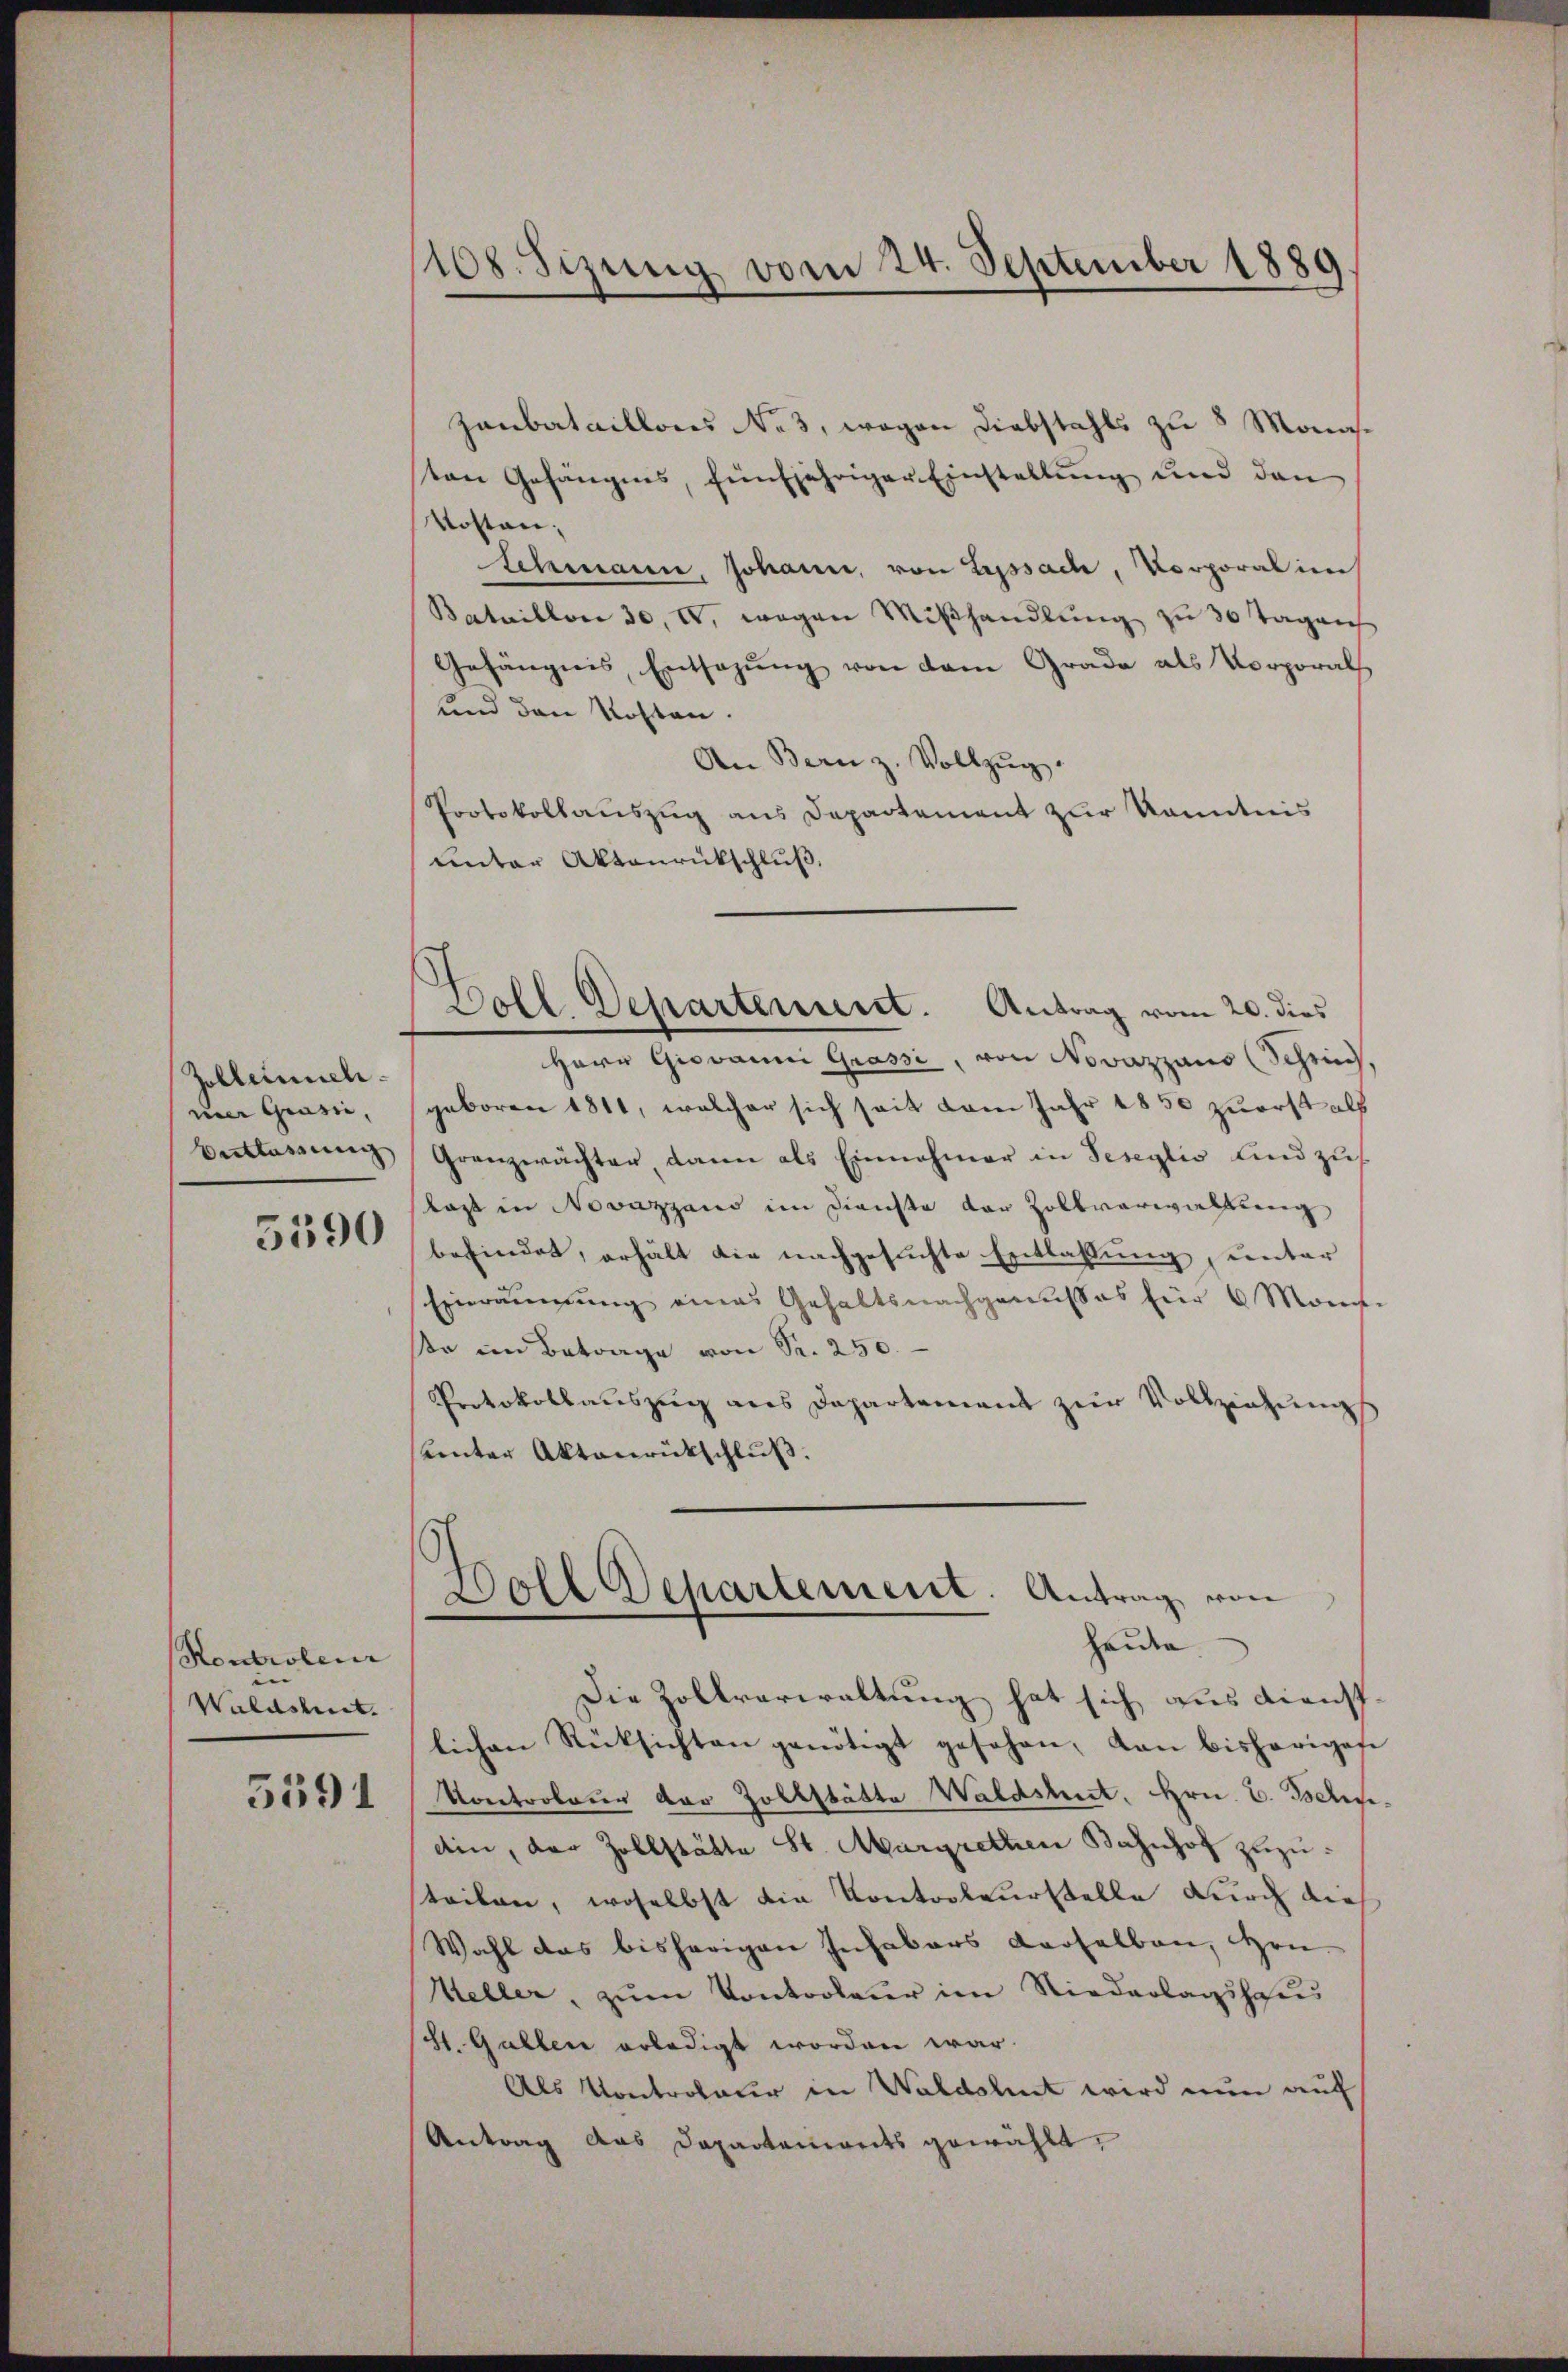
Zollerieli
uner Grasie,
Verlassung |

5590

Kontroleur
Waldshut.

5591

108. Sizung vom 24. September 1889

Zanbataillons Nes, wegen Diebstahls zu 8 Monaton Gefängnis, fünfjähriger Einstellung und den
Kosten;
Schmann, Johann, von Lipsach, Vorporal in
Bataillon 30. I. wegen Miβhandlŭng zu 30 Tagen
Gefängnis, Entsagung von dem Grade als Vorporal
und den Kosten.
An Bern z. Vollzŭg.
Protokollauszug aus Departement zur Kenntnis
unter Aktenrückschluß,
Herr Giovanni Grassi, von Novazzaus (Schrich,
geboren 1811, welcher sich seit vom Jahr 1850 zuerst als
Granzwächter dann als Einnahmer in Seseglio sind zu
lass in Novazzano im Dienste der Zollverwaltung
befindet, erhält die nachgesuchte Entlassung, unter
Einräŭmŭng eines Gehaltsnachgenusses für 6 Mon.
βe im Betrage von Sr. 250.
Protokollaŭszŭg ans Departement zur Vollziehŭngs
unter Aktenrückschluß.
Holl Departement. Antrag von
Hauder
Die Zollverwaltung hat sich aus dienstlichen Rücksichten genötigt gesehen, dan bisherigen
Kontrobauer der Zollstätte Waldshut. Hrn. C. Beledin, der Zollstätte St. Margrethen Bahnhof zuzusteilen, woselbst die Kontroleurstelle durch die
Wahl das bisherigen Inhabers derselben, Hrn.
Weller, zŭm Kontrolerer im Niederlagshaus
St. Gallen erledigt worden war.
Als Kontroleur in Waldshut wird nun auf
Antrag das Departariorits gewählt:

Boll Departement. Antrag vom 20. dies